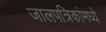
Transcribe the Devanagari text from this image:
जालपत्रिकांमध्ये